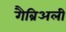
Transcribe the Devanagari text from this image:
गैब्रिअली